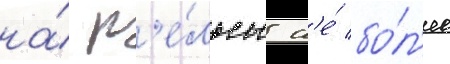
на́ р'е́льсы н'е́ бо́л'ее